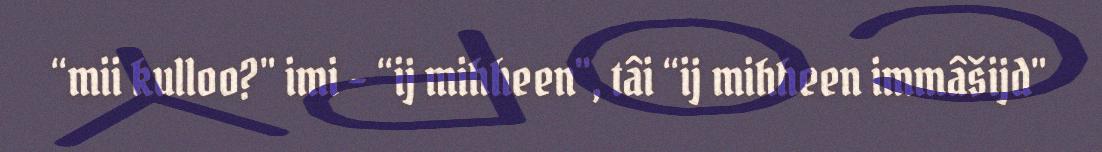
“mii kulloo?" imi – “ij mihheen", tâi “ij mihheen immâšijd"